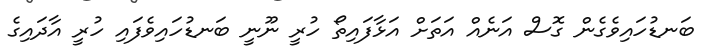
ބަނޑުހައިވެގެން ގޮސް އަނެއް އަތަށް އަޅާފައިތޯ ހުރީ ނޫނީ ބަނޑުހައިވެފައި ހުރީ އާދައިގެ